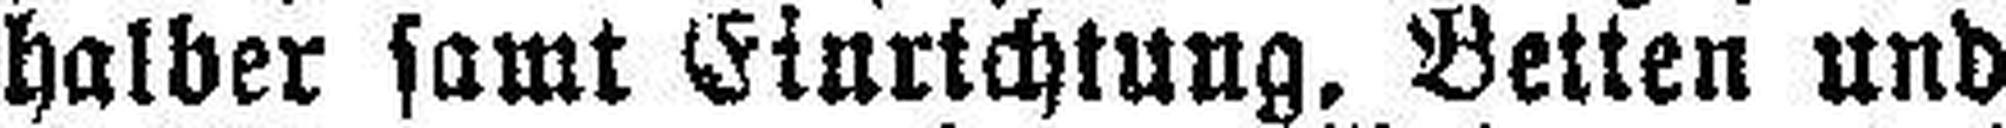
halber samt Einrichtung. Betten und